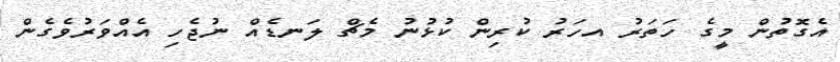
އެގޮތުން މީގެ ހަތަރު އހަރު ކުރިން ކުޅުނު މެޗް ލަނޑެއް ނުޖެހި އެއްވަރުވެގެން